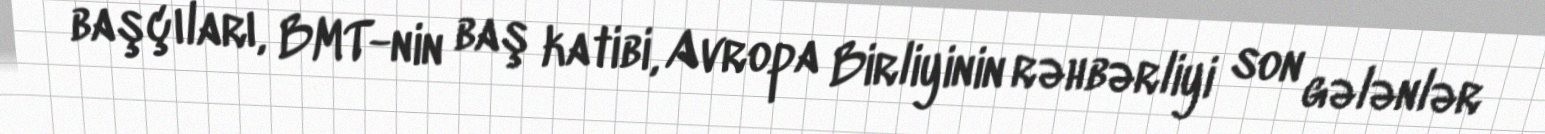
başçıları, BMT-nin baş katibi, Avropa Birliyinin rəhbərliyi son gələnlər